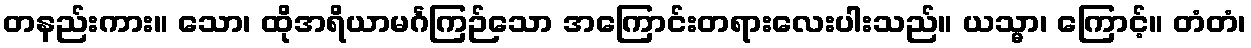
တနည်းကား။ သော၊ ထိုအရိယာမင်္ဂကြဉ်သော အကြောင်းတရားလေးပါးသည်။ ယသ္မာ၊ ကြောင့်။ တံတံ၊